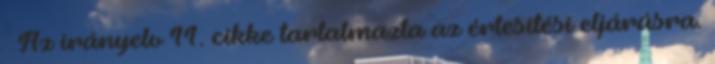
 Az irányelv 11. cikke tartalmazta az értesítési eljárásra.